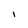
Character: I